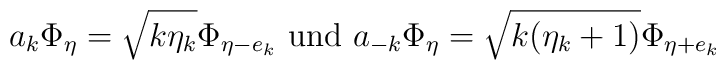
a_k \Phi_{\eta}=\sqrt{k \eta_k} \Phi_{\eta-e_k} \mbox{ und }a_{-k}\Phi_{\eta}=\sqrt{k(\eta_k+1)}\Phi_{\eta+e_k}